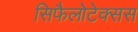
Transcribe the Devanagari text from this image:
सिफैलोटेक्सस